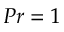
P r = 1